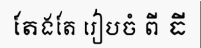
តែងតែ រៀបចំ ពី ធី